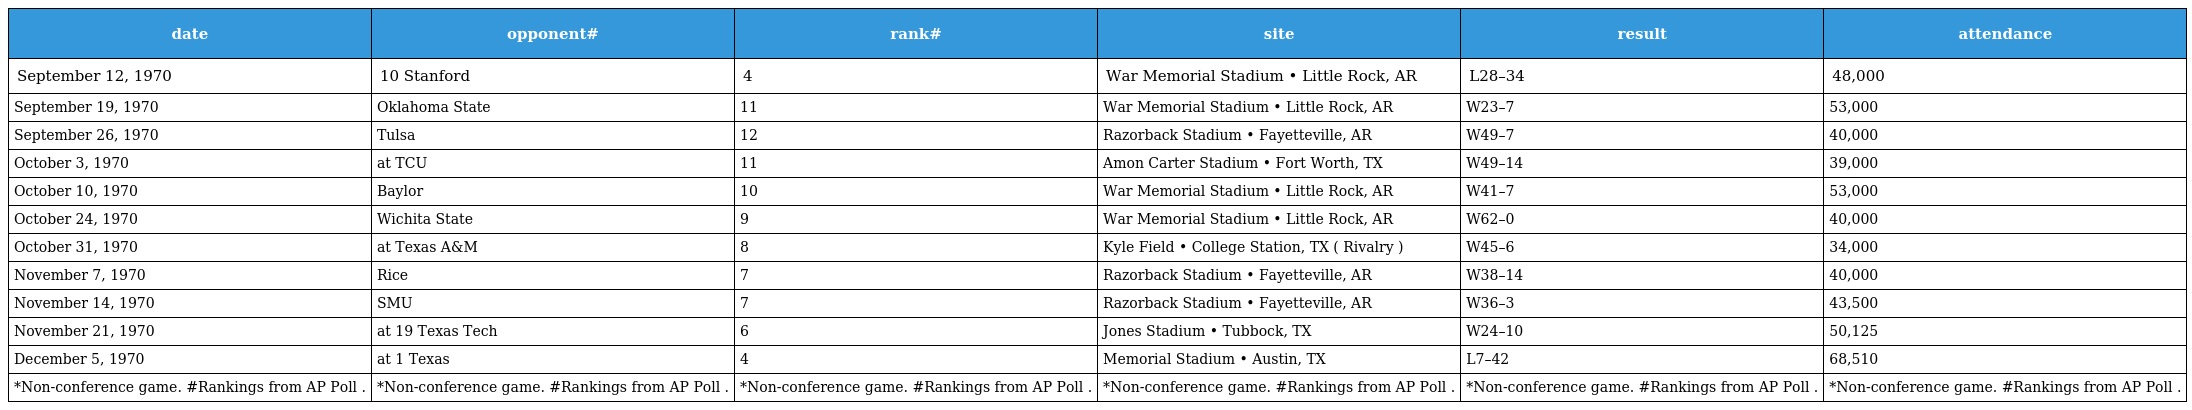
| date | opponent# | rank# | site | result | attendance |
 | --- | --- | --- | --- | --- | --- |
 | September 12, 1970 | 10 Stanford | 4 | War Memorial Stadium • Little Rock, AR | L28–34 | 48,000 |
 | September 19, 1970 | Oklahoma State | 11 | War Memorial Stadium • Little Rock, AR | W23–7 | 53,000 |
 | September 26, 1970 | Tulsa | 12 | Razorback Stadium • Fayetteville, AR | W49–7 | 40,000 |
 | October 3, 1970 | at TCU | 11 | Amon Carter Stadium • Fort Worth, TX | W49–14 | 39,000 |
 | October 10, 1970 | Baylor | 10 | War Memorial Stadium • Little Rock, AR | W41–7 | 53,000 |
 | October 24, 1970 | Wichita State | 9 | War Memorial Stadium • Little Rock, AR | W62–0 | 40,000 |
 | October 31, 1970 | at Texas A&M | 8 | Kyle Field • College Station, TX ( Rivalry ) | W45–6 | 34,000 |
 | November 7, 1970 | Rice | 7 | Razorback Stadium • Fayetteville, AR | W38–14 | 40,000 |
 | November 14, 1970 | SMU | 7 | Razorback Stadium • Fayetteville, AR | W36–3 | 43,500 |
 | November 21, 1970 | at 19 Texas Tech | 6 | Jones Stadium • Tubbock, TX | W24–10 | 50,125 |
 | December 5, 1970 | at 1 Texas | 4 | Memorial Stadium • Austin, TX | L7–42 | 68,510 |
 | *Non-conference game. #Rankings from AP Poll . | *Non-conference game. #Rankings from AP Poll . | *Non-conference game. #Rankings from AP Poll . | *Non-conference game. #Rankings from AP Poll . | *Non-conference game. #Rankings from AP Poll . | *Non-conference game. #Rankings from AP Poll . |